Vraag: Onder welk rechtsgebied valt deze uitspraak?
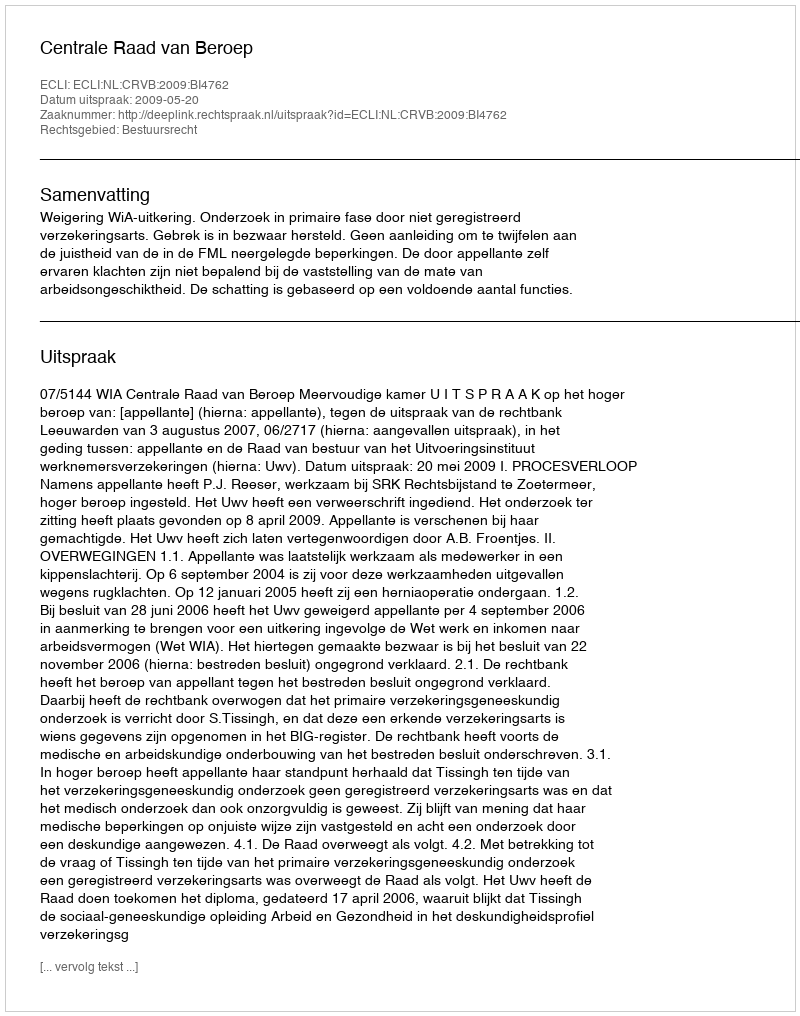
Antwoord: Bestuursrecht